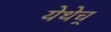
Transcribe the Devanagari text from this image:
येथेच्